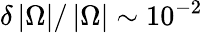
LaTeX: \delta\left\vert\Omega\right\vert/\left\vert\Omega\right\vert\sim 10^{-2}